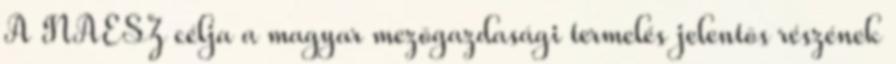
A NAESZ célja a magyar mezõgazdasági termelés jelentõs részének